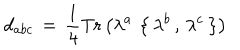
LaTeX: d _ { a b c } \, = \, \frac { 1 } { 4 } \mathrm { T r } \left( \lambda ^ { a } \, \left\{ \, \lambda ^ { b } \, , \, \lambda ^ { c } \, \right\} \right)